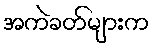
အကဲခတ်များက